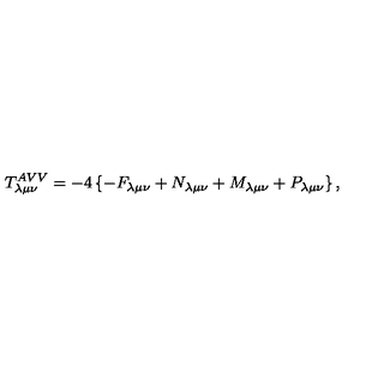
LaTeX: T _ { \lambda \mu \nu } ^ { A V V } = - 4 \left\{ - F _ { \lambda \mu \nu } + N _ { \lambda \mu \nu } + M _ { \lambda \mu \nu } + P _ { \lambda \mu \nu } \right\} ,